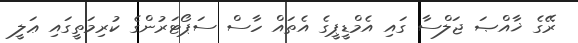
ރޭގެ ޚާއްޞަ ޖަލްސާ ގައި އެމްޑީޕީގެ އެތައް ހާސް ސަޕޯޓަރުންގެ ކުރިމަތީގައި ޢަލީ